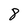
Character: 8